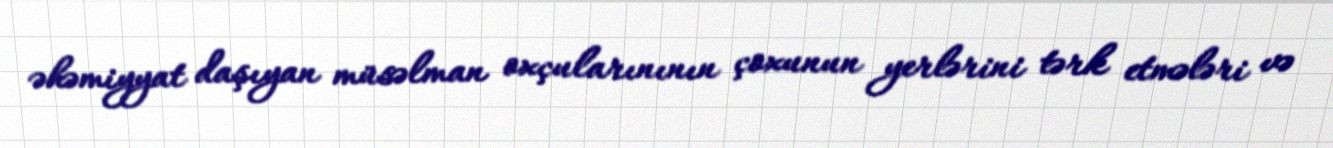
əhəmiyyat daşıyan müsəlman oxçularınının çoxunun yerlərini tərk etmələri və